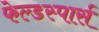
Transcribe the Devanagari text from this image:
फेल्डस्पार्स